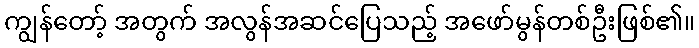
ကျွန်တော့် အတွက် အလွန်အဆင်ပြေသည့် အဖော်မွန်တစ်ဦးဖြစ်၏။